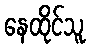
နေထိုင်သူ